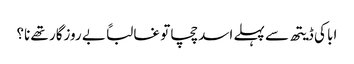
ابا کی ڈیتھ سے پہلے اسد چچا تو غالباً بے روزگار تھے نا؟